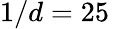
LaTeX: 1/d=25\